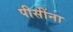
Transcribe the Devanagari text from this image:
पीसींना